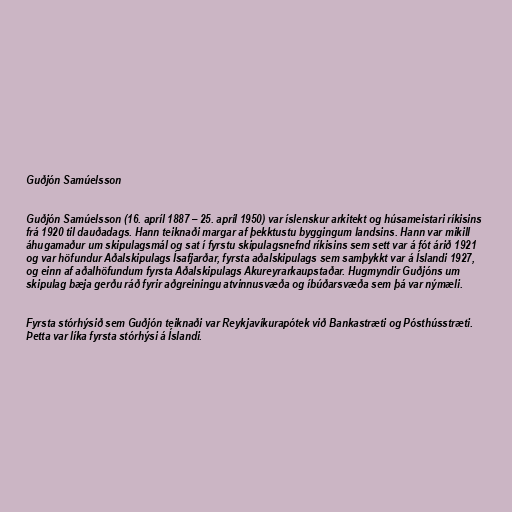
Guðjón Samúelsson

Guðjón Samúelsson (16. apríl 1887 – 25. apríl 1950) var íslenskur arkitekt og húsameistari ríkisins
frá 1920 til dauðadags. Hann teiknaði margar af þekktustu byggingum landsins. Hann var mikill
áhugamaður um skipulagsmál og sat í fyrstu skipulagsnefnd ríkisins sem sett var á fót árið 1921
og var höfundur Aðalskipulags Ísafjarðar, fyrsta aðalskipulags sem samþykkt var á Íslandi 1927,
og einn af aðalhöfundum fyrsta Aðalskipulags Akureyrarkaupstaðar. Hugmyndir Guðjóns um
skipulag bæja gerðu ráð fyrir aðgreiningu atvinnusvæða og íbúðarsvæða sem þá var nýmæli.

Fyrsta stórhýsið sem Guðjón teiknaði var Reykjavíkurapótek við Bankastræti og Pósthússtræti.
Þetta var líka fyrsta stórhýsi á Íslandi.